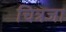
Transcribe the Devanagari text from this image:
चित्रजा